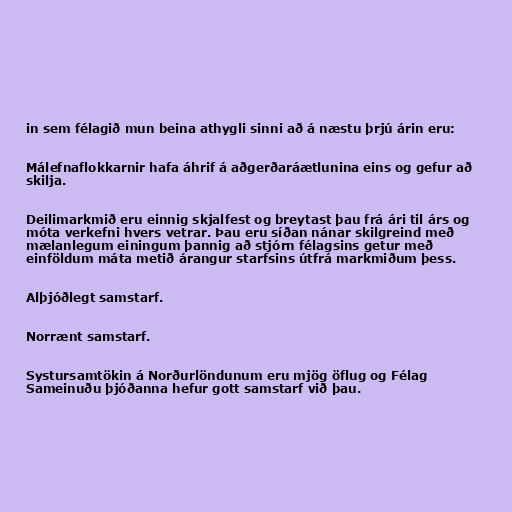
in sem félagið mun beina athygli sinni að á næstu þrjú árin eru:

Málefnaflokkarnir hafa áhrif á aðgerðaráætlunina eins og gefur að
skilja.

Deilimarkmið eru einnig skjalfest og breytast þau frá ári til árs og
móta verkefni hvers vetrar. Þau eru síðan nánar skilgreind með
mælanlegum einingum þannig að stjórn félagsins getur með
einföldum máta metið árangur starfsins útfrá markmiðum þess.

Alþjóðlegt samstarf.

Norrænt samstarf.

Systursamtökin á Norðurlöndunum eru mjög öflug og Félag
Sameinuðu þjóðanna hefur gott samstarf við þau.